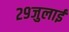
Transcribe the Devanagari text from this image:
२९जुलाई